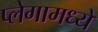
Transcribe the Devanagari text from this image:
प्लेगामध्ये